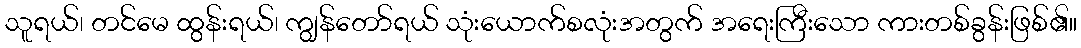
သူရယ်၊ တင်မေ ထွန်းရယ်၊ ကျွန်တော်ရယ် သုံးယောက်စလုံးအတွက် အရေးကြီးသော ကားတစ်ခွန်းဖြစ်၏။